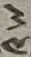
Text: RW